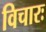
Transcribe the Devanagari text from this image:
विचारः